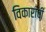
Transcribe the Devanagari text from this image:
विकारांची